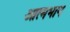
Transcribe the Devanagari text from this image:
आत्मभाग